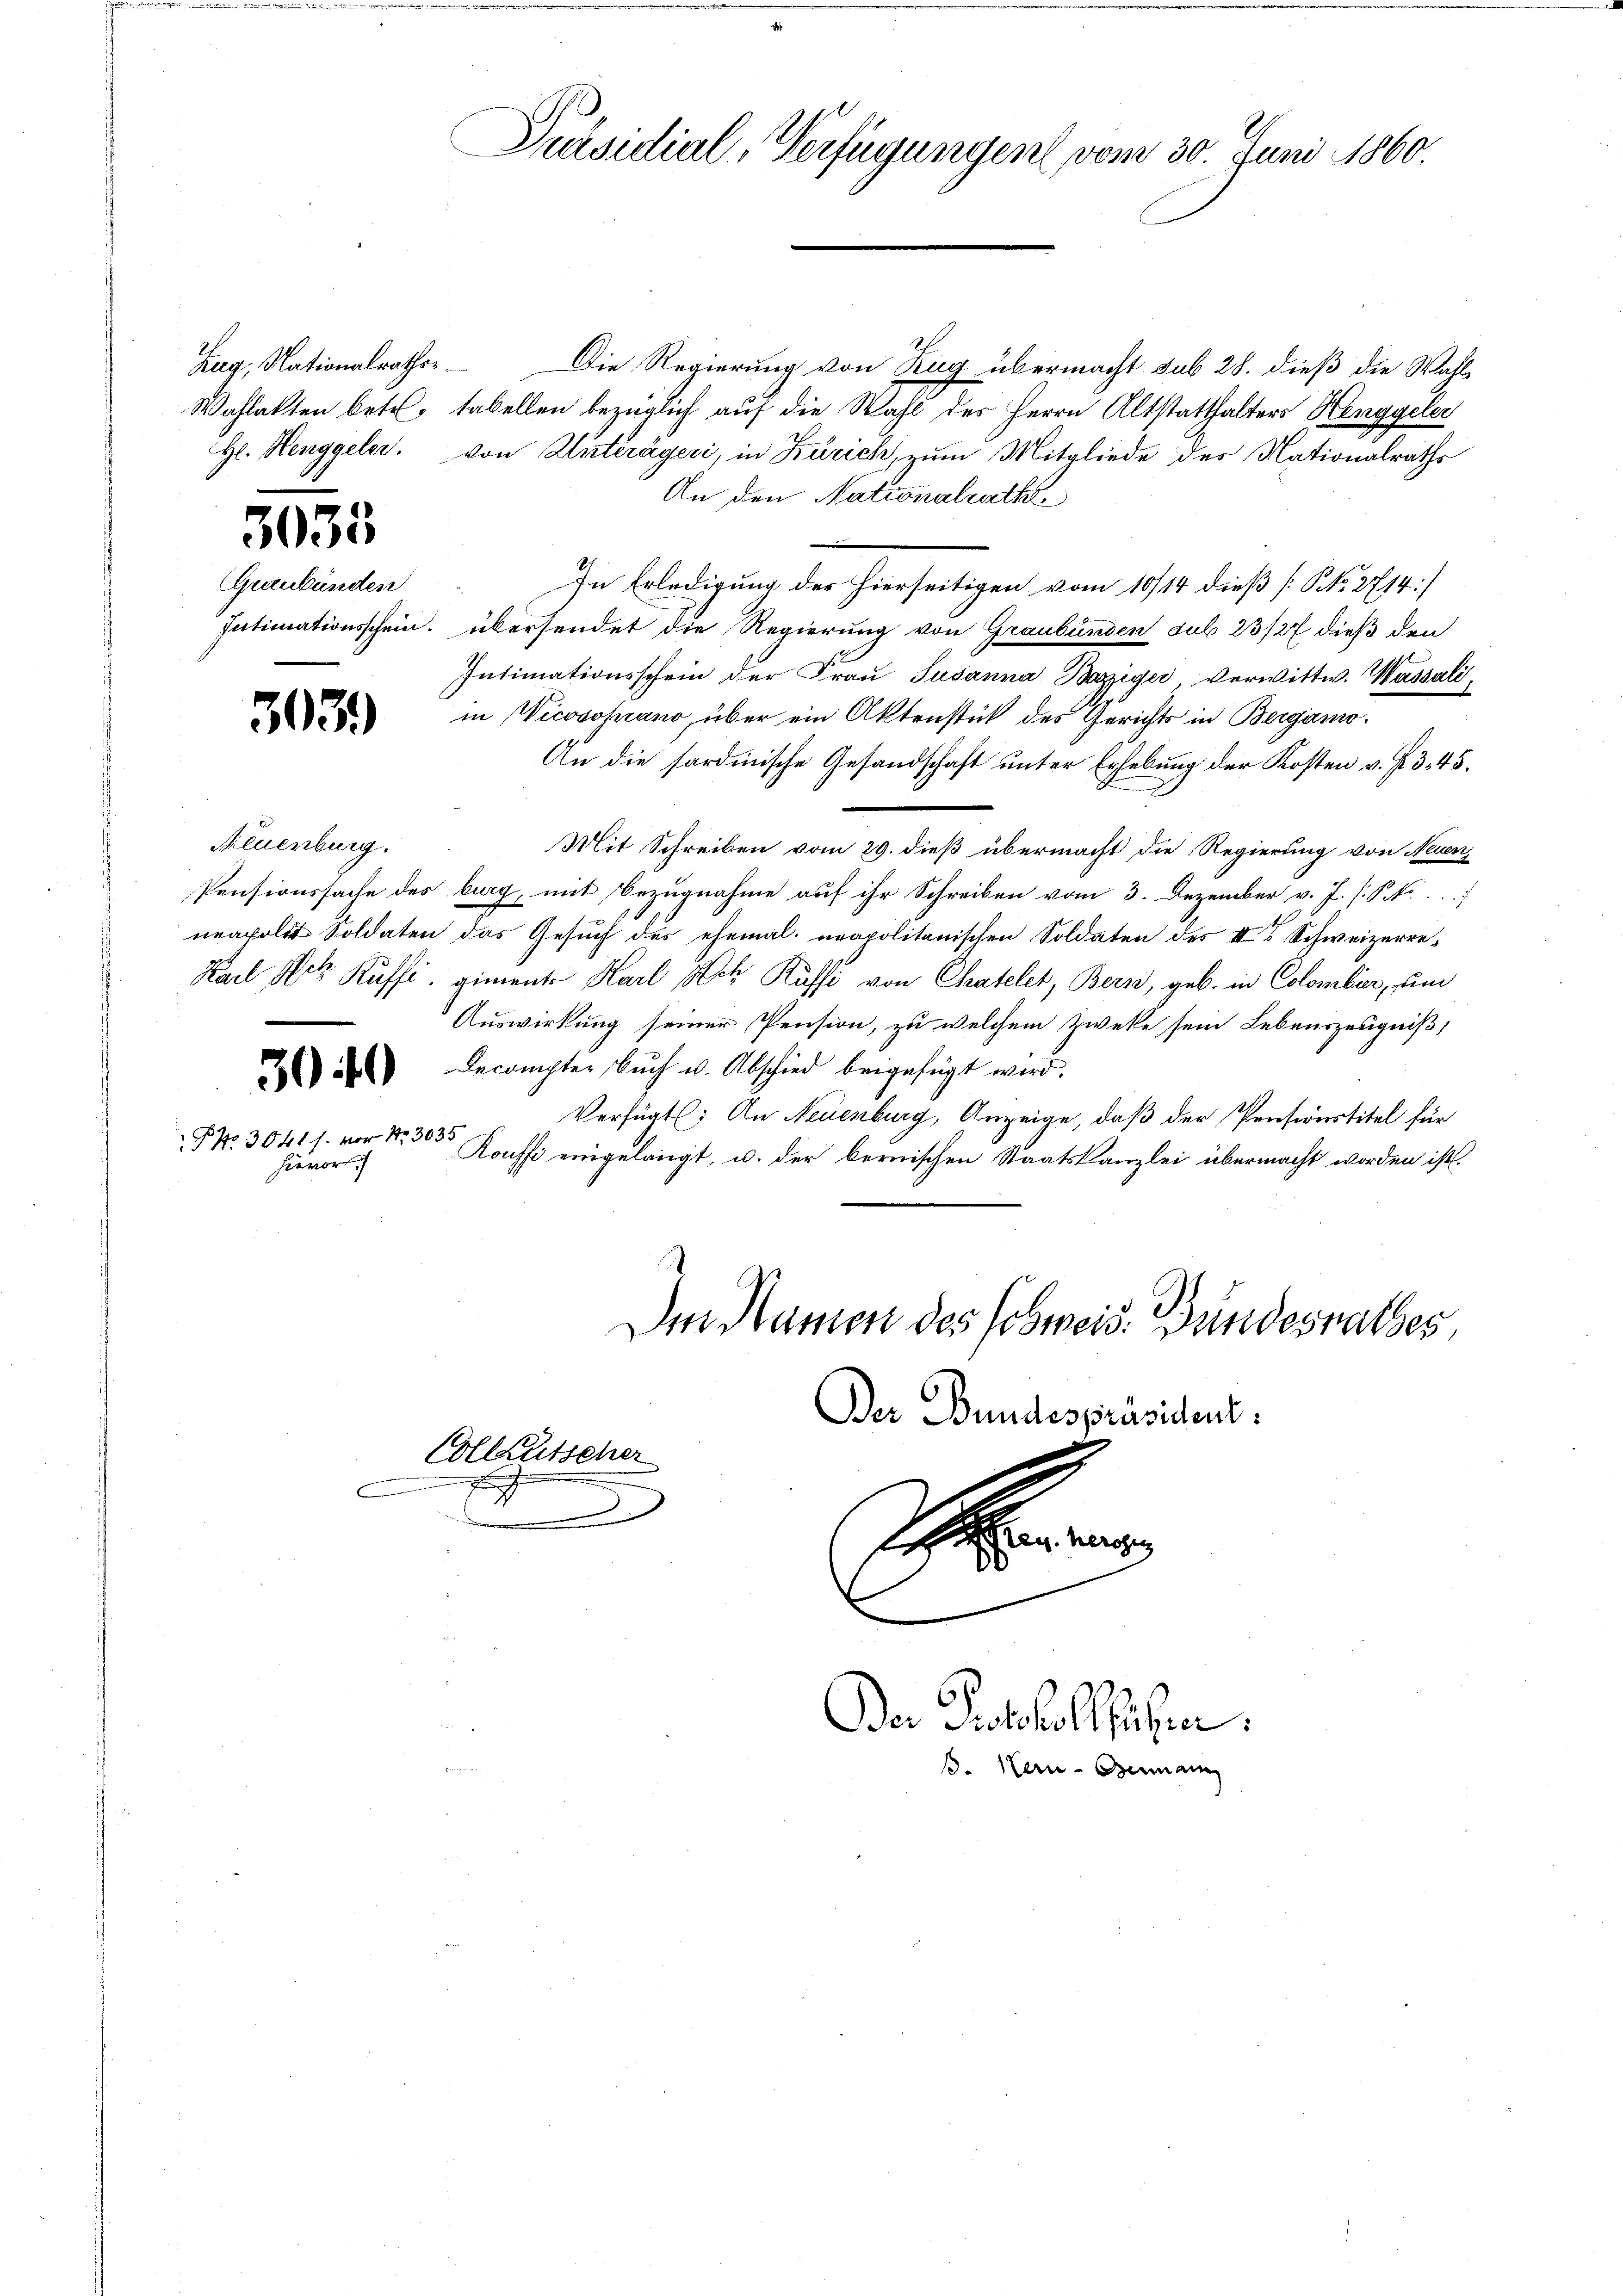
Zug, Nationalrathes

0

P No 3041 s. vor Nr. 3035
hievor.

Graubünden

303)

Neuenburg.

Die Regierung von Zug übermacht sub 28. dieß die Wahl¬
Wahlakten betr. tabellen bezüglich auf die Wahl des Herrn Altstatthalters Henggeler
H. Henggeler. von Kisterägeri, in Zürich, zum Mitgliede der Nationalraths
An den Nationalrathe
5
In Erledigung des hierseitigen vom 10/14 dieß [NNo. 2714]
Intimationsschein. übersendet die Regierung von Graubünden sub 23/27 dieß den
Intimationsschein der Frau Susanna Bazziger verwittw. Wassali
in Wicosoprano, über ein Aktenstück des Gerichts in Bergamo-
An die sardinische Gesandschaft unter Erhebung der Kosten v. P. 345.
Mit Schreiben vom 29. dieß übermacht die Regierung von Neuen
Pensionssache des burg, mit Bezugnahme auf ihr Schreiben vom 3. Dezember v. J. P.P. Nr.....
neapolit Soldaten das Gesuch des ehemal neapolitanischen Soldaten des II. Schweizerre¬
Karl Frk. Küffi, giment Karl Ach Kussi von Chatelet, Bern, geb. in Colombier, um
Auswirkung seiner Pension, zu welchem Zwecke sein Lebenszeugniß,
Decompter Bŭch u. Abschied beigefügt wird.
Verfügt: An Neuenburg, Anzeige, daß der Pensionstitel für
Roussi eingelangt, u. der bernischen Staatskanzlei übermacht worden ist.
Im Namen des Schweis. Bundesrathes
Der Bundespräsident:
Collautscher
.
x
sehen herge
d
e

Präsidial-Verfügungen vom 30. Juni 1860.

Der Protokollicher
s. Kern-Bermann